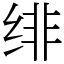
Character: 绯